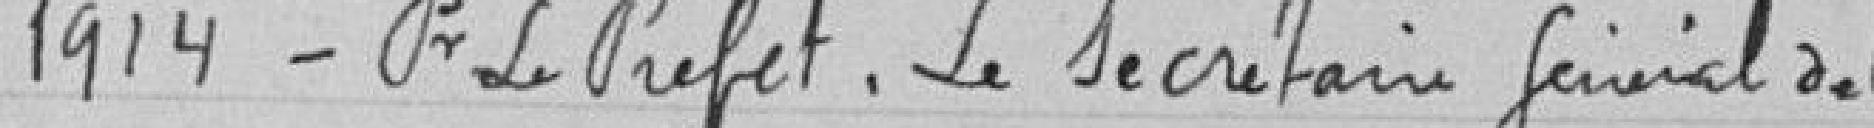
1914 P. le Préfet le Secrétaire général délégué